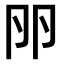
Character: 𠨖